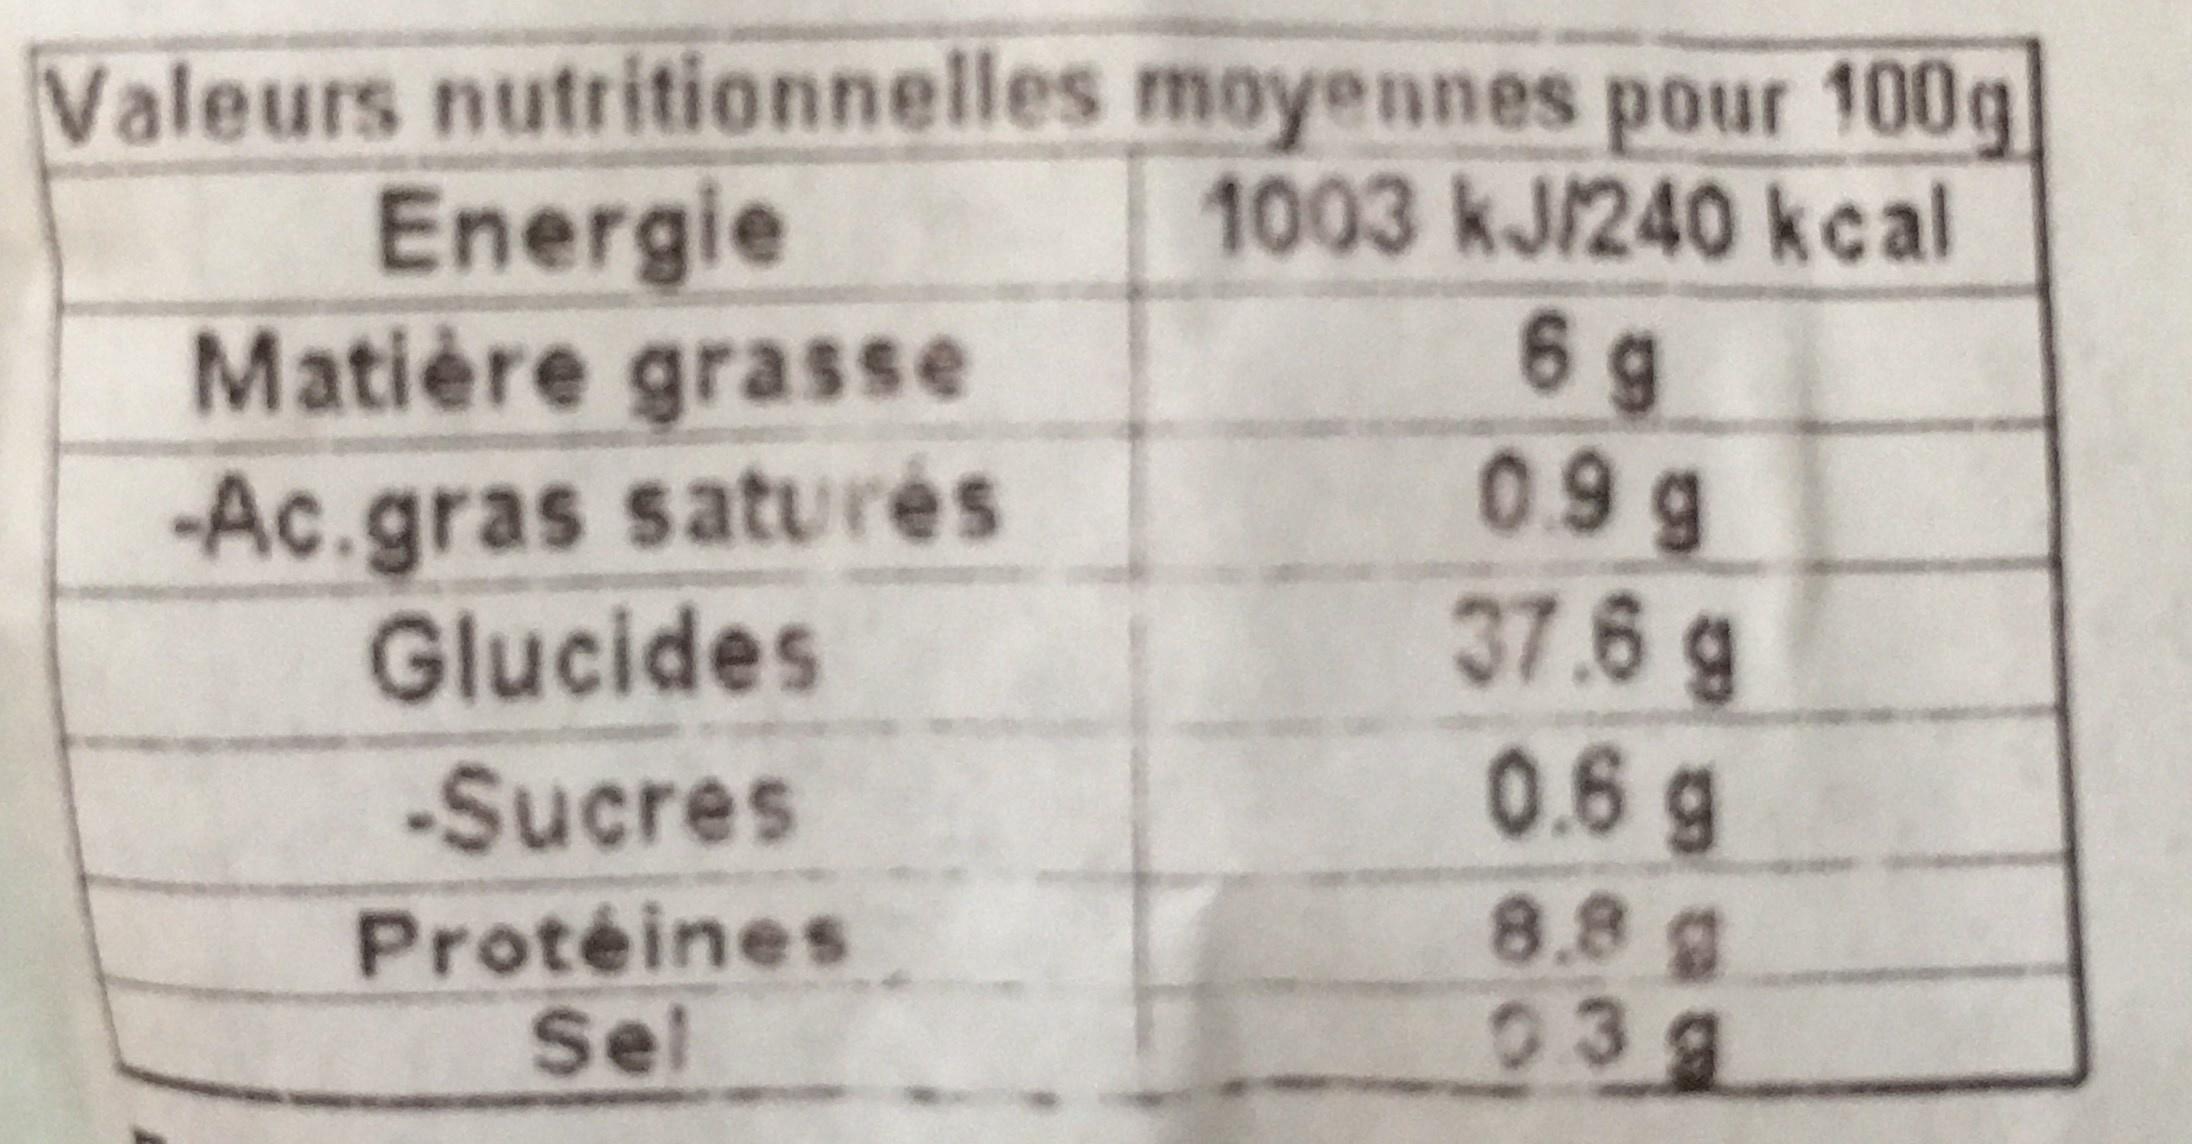
Valeurs nutritionnelles Energie
Matière grasse
-Ac.gras saturés
Glucides
-Sucres
Protéines
Sel
moyennes pour 100g
1003 kJ/240 kcal 6 g
0.9 g
37.6 g
0.6 g
8.8 @
039